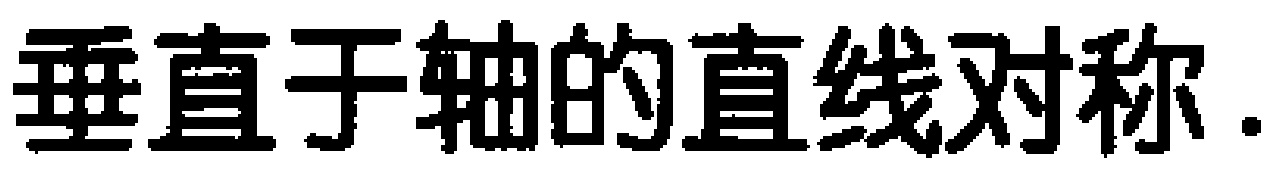
垂直于轴的直线对称.